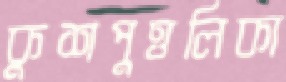
কুশপুত্তলিকা